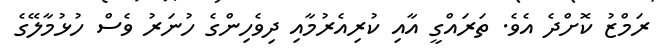
ރަމްޒު ކޮށްދެ އެވެ. ތަރައްގީ އާއި ކުރިއެރުމާއި ދިވެހިންގެ ހުނަރު ވެސް ހުޅުމާލޭގެ